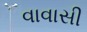
વાવાસી